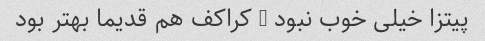
پیتزا خیلی خوب نبود … کراکف هم قدیما بهتر بود